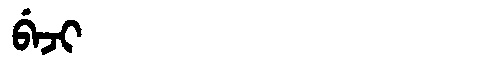
Manchu: ᠪᡝᠵᡳ
Romanization: BEJI